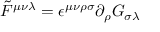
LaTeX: \tilde { F } ^ { \mu \nu \lambda } = \epsilon ^ { \mu \nu \rho \sigma } \partial _ { \rho } G _ { \sigma \lambda }